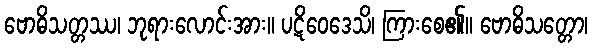
ဗောဓိသတ္တဿ၊ ဘုရားလောင်းအား။ ပဋိဝေဒေသိ၊ ကြားစေ၏။ ဗောဓိသတ္တော၊